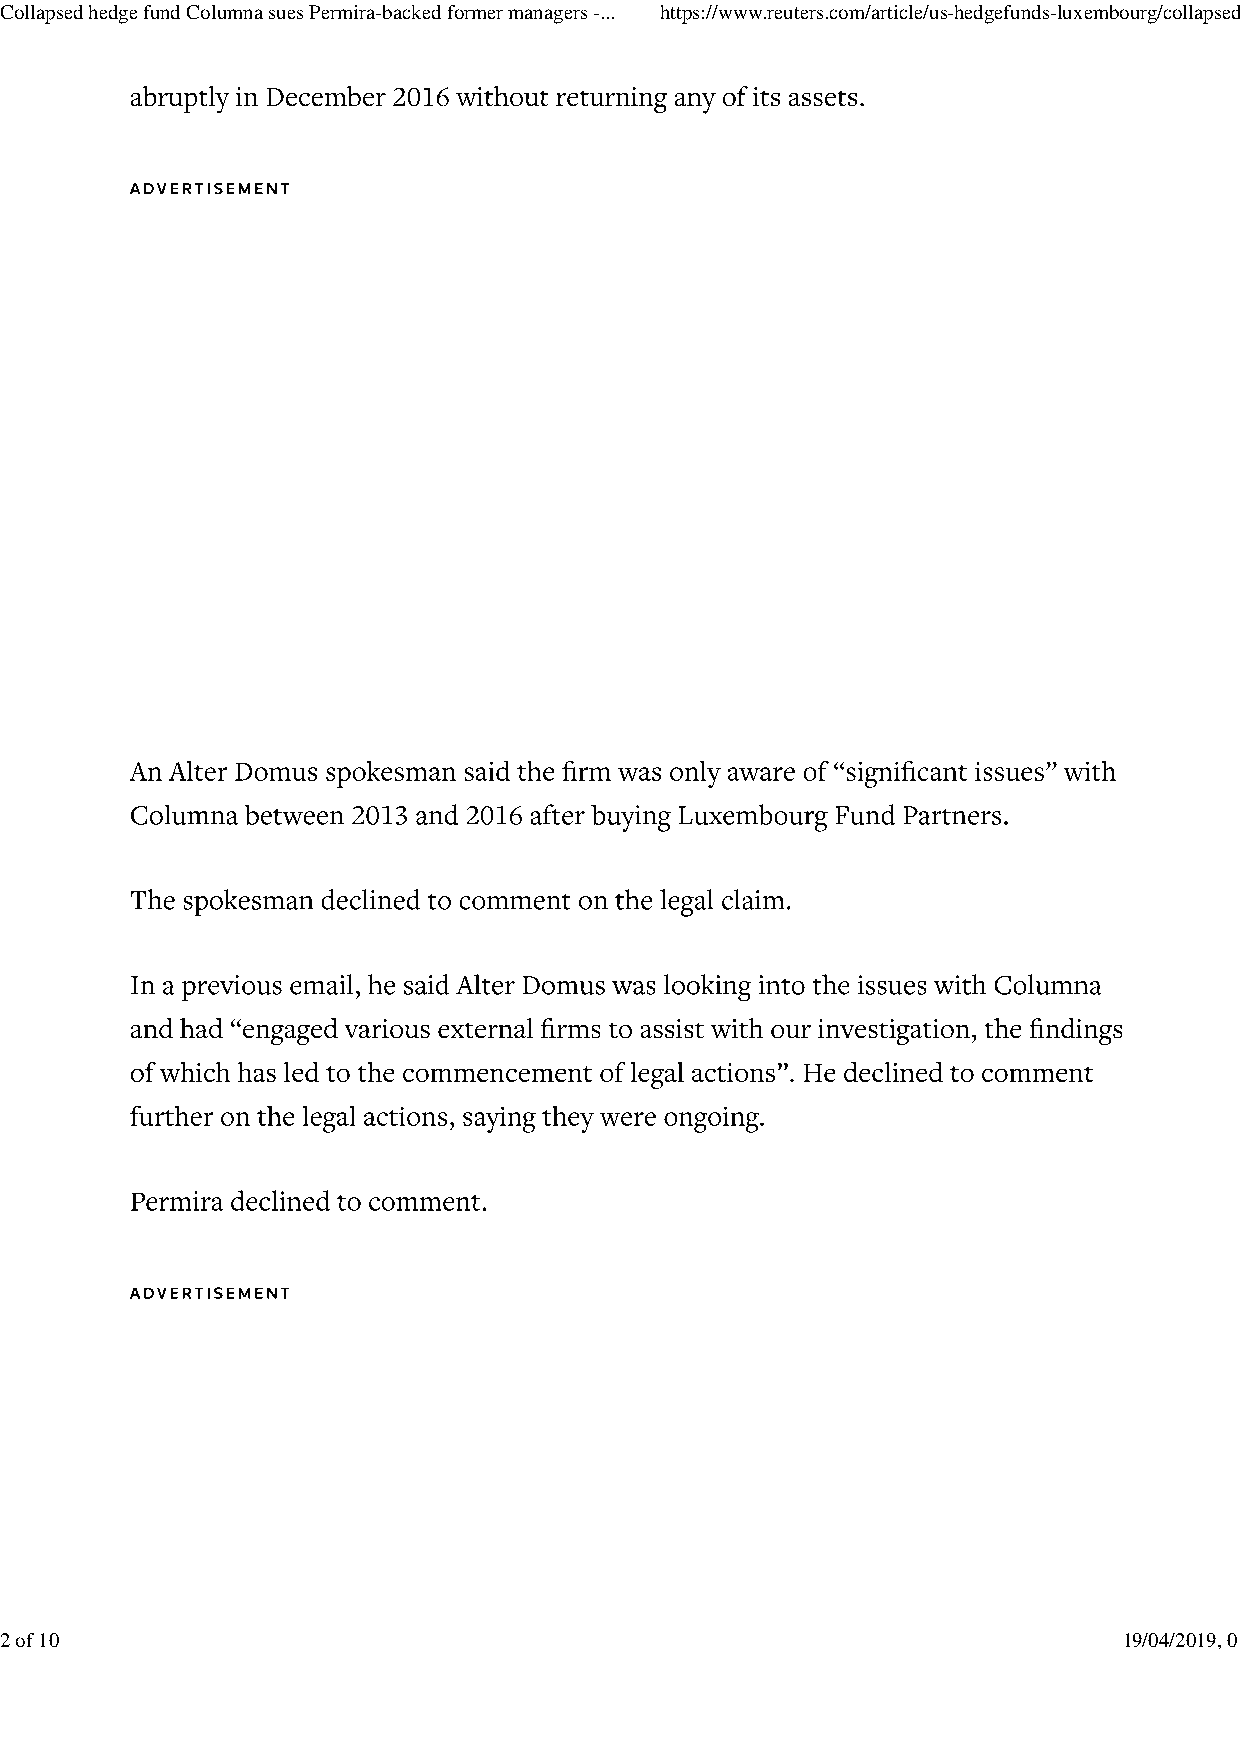
Collapsed hedge fund Columna sues Permira-backed former managers -... https://www.reuters.com/article/us-hedgefunds-luxembourg/collapsed-h...
 2 of 10                                                                   19/04/2019, 01:58